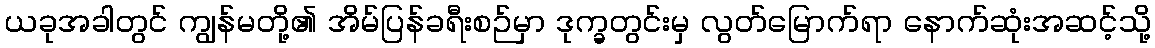
ယခုအခါတွင် ကျွန်မတို့၏ အိမ်ပြန်ခရီးစဉ်မှာ ဒုက္ခတွင်းမှ လွတ်မြောက်ရာ နောက်ဆုံးအဆင့်သို့